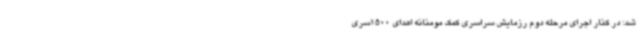
شد: در کنار اجرای مرحله دوم رزمایش سراسری کمک مومنانه اهدای 1500سری